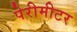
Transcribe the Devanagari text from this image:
पेरीमीटर